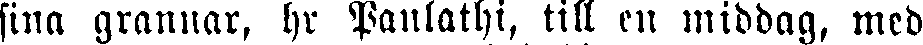
sina grannar, hr Panlathi, till en middag, med